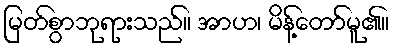
မြတ်စွာဘုရားသည်။ အာဟ၊ မိန့်တော်မူ၏။